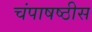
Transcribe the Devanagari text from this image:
चंपाषष्ठीस